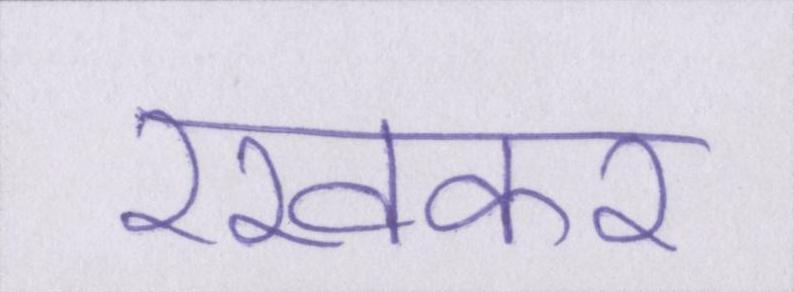
रखकर